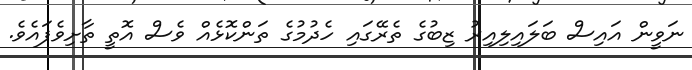
ނަވީން އައިސް ބަލައިލިއިރު ޒިބުގެ ތެރޭގައި ހެދުމުގެ ތަންކޮޅެއް ވެސް އޮތީ ތާށިވެފައެވެ.